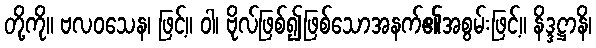
တို့ကို။ ဗလဝသေန၊ ဖြင့်။ ဝါ၊ ဗိုလ်ဖြစ်၍ဖြစ်သောအနက်၏အစွမ်းဖြင့်။ နိဒ္ဒဋ္ဌာနိ၊